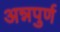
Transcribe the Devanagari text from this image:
अन्नपुर्ण